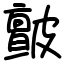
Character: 皽